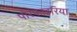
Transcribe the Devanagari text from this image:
पोरफाइरिया